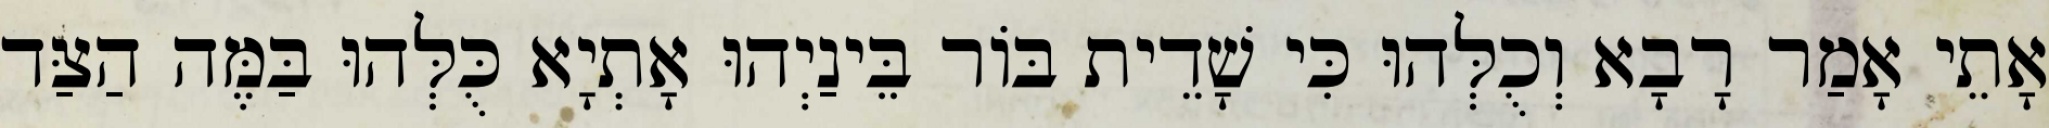
אָתֵי אָמַר רָבָא וְכֻלְּהוּ כִּי שָׁדֵית בּוֹר בֵּינַיְהוּ אָתְיָא כֻּלְּהוּ בַּמֶּה הַצַּד